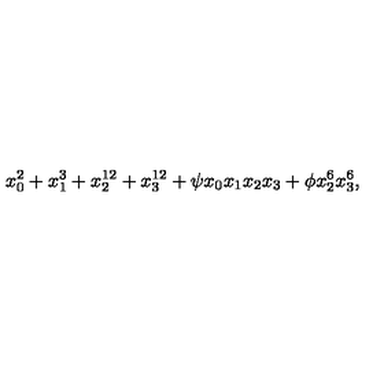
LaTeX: x _ { 0 } ^ { 2 } + x _ { 1 } ^ { 3 } + x _ { 2 } ^ { 1 2 } + x _ { 3 } ^ { 1 2 } + \psi x _ { 0 } x _ { 1 } x _ { 2 } x _ { 3 } + \phi x _ { 2 } ^ { 6 } x _ { 3 } ^ { 6 } ,